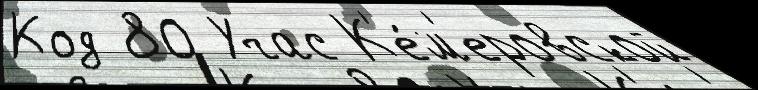
Код 80 Учас К'е́м'еровской